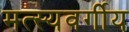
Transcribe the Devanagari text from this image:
मत्स्यवर्गीय